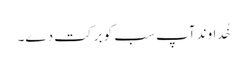
خُداوند آپ سب کو برکت دے۔